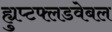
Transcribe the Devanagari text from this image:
ह्युप्टफ्लडवेबल